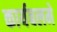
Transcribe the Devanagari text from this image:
कार्यबलमे